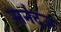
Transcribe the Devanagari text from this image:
सनंदज